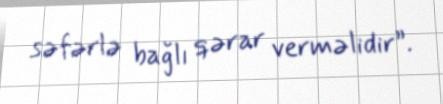
səfərlə bağlı qərar verməlidir”.